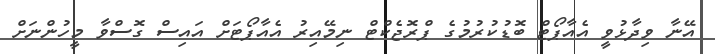
އޭނާ ވިދާޅުވީ އެއާޕޯޓް ބޮޑުކުރުމުގެ ޕްރޮޖެކްޓް ނިމޭއިރު އެއާޕޯޓަށް އައިސް ގޮސްވާ މީހުންނަށް